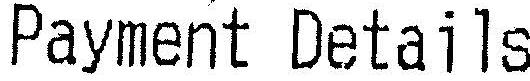
PAYMENT DETAILS